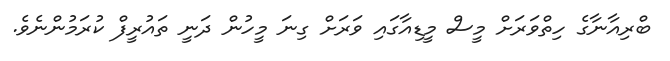
ބްރިއާނާގެ ހިތްވަރަށް މީސް މީޑިއާގައި ވަރަށް ގިނަ މީހުން ދަނީ ތައުރީފް ކުރަމުންނެވެ.